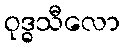
ဝုဒ္ဓသီလော